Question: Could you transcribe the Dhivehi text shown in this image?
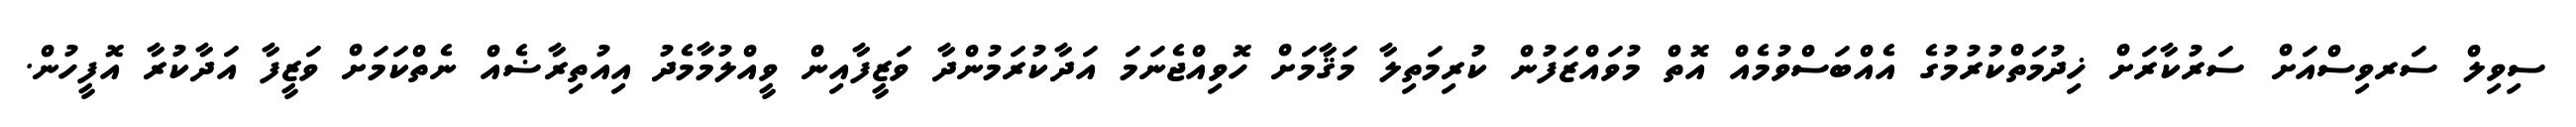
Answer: ސިވިލް ސަރވިސްއަށް ސަރުކާރަށް ޚިދުމަތްކުރުމުގެ އެއްބަސްވުމެއް އޮތް މުވައްޒަފުން ކުރިމަތިލާ މަޤާމަށް ހޮވިއްޖެނަމަ އަދާކުރަމުންދާ ވަޒީފާއިން ވީއްލުމާމެދު އިއުތިރާޟެއް ނެތްކަމަށް ވަޒީފާ އަދާކުރާ އޮފީހުން.